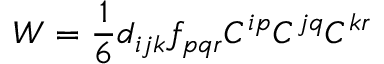
W = \frac { 1 } { 6 } d _ { i j k } f _ { p q r } C ^ { i p } C ^ { j q } C ^ { k r }